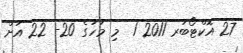
27 އޮކްޓޯބަރ 2011 1  މި މަހުގެ 20- 22 އަށް